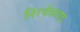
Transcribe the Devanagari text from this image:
निरर्थकवाद